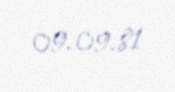
09.09.81